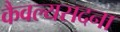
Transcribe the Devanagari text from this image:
कैवल्यसदना